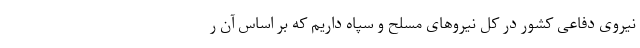
نیروی دفاعی کشور در کل نیرو‌های مسلح و سپاه داریم که بر اساس آن ر